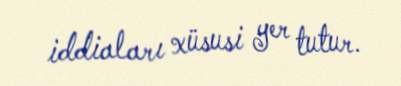
iddiaları xüsusi yer tutur.